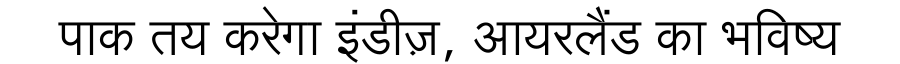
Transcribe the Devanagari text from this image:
पाक तय करेगा इंडीज़, आयरलैंड का भविष्य